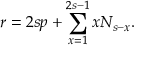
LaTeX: r = 2 s p + \sum _ { x = 1 } ^ { 2 s - 1 } x N _ { s - x } .